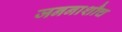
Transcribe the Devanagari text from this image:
जननाशौच